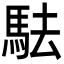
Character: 䮃